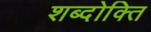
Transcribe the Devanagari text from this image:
शब्दोक्ति